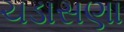
ચડાસણા